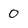
Character: 0